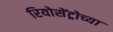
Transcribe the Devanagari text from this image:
रियोसेंट्रोच्या